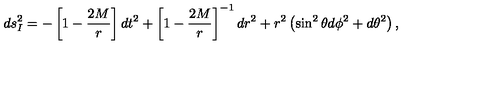
d s _ { I } ^ { 2 } = - \left[ 1 - \frac { 2 M } { r } \right] d t ^ { 2 } + \left[ 1 - \frac { 2 M } { r } \right] ^ { - 1 } d r ^ { 2 } + r ^ { 2 } \left( \sin ^ { 2 } \theta d \phi ^ { 2 } + d \theta ^ { 2 } \right) ,